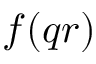
f ( q r )